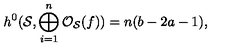
h ^ { 0 } ( { \cal S } , \bigoplus _ { i = 1 } ^ { n } { \cal O } _ { \cal S } ( f ) ) = n ( b - 2 a - 1 ) ,